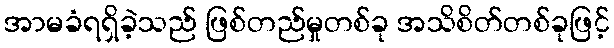
အာမခံရရှိခဲ့သည် ဖြစ်တည်မှုတစ်ခု အသိစိတ်တစ်ခုဖြင့်